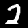
Digit: 2